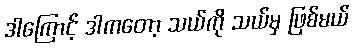
ဒါကြောင့် ဒါကတော့ သယ်ကို သယ်မှ ဖြစ်မယ်